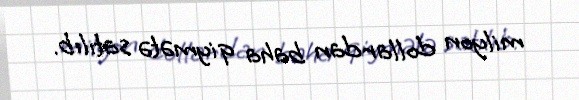
milyon dollardan baha qiymətə satılıb.